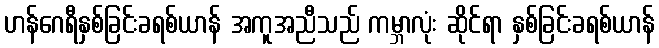
ဟန်ဂေရီနှစ်ခြင်းခရစ်ယာန် အကူအညီသည် ကမ္ဘာလုံး ဆိုင်ရာ နှစ်ခြင်းခရစ်ယာန်